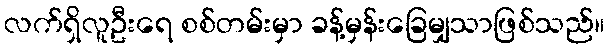
လက်ရှိလူဦးရေ စစ်တမ်းမှာ ခန့်မှန်းခြေမျှသာဖြစ်သည်။